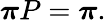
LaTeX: {\boldsymbol{\pi}}P={\boldsymbol{\pi}}.